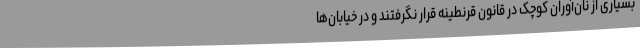
بسیاری از نان‌آوران کوچک در قانون قرنطینه قرار نگرفتند و در خیابان‌ها